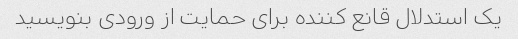
یک استدلال قانع کننده برای حمایت از ورودی بنویسید